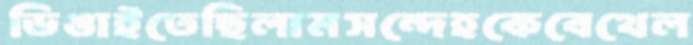
ডিঙাইতেছিলামসন্দেহকেবেথেল